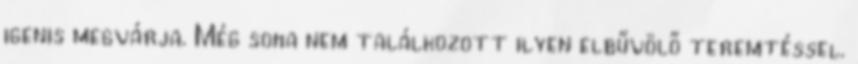
igenis megvárja. Még soha nem találkozott ilyen elbűvölő teremtéssel.